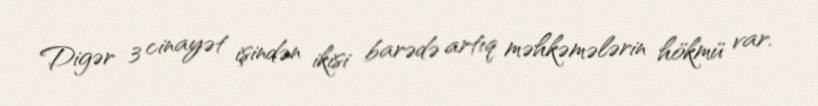
Digər 3 cinayət işindən ikisi barədə artıq məhkəmələrin hökmü var.